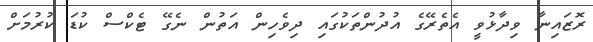
ރޮޒައިނާ ވިދާޅުވީ އެތެރޭގެ އުދުންތަކުގައި ދިވެހިން އަތުން ނެގޭ ޓެކްސް ކުޑަ ކުރުމަށް